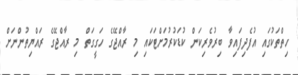
ހިތްތަކުގައި އުފެދިފައިވާ ބިރުވެރިކަން ކުޑަކުރުމަށްޓަކައި މި ރާއްޖޭގެ ހަގީގަތް މި ރާއްޖޭގެ ރައްޔިތުންނަށް